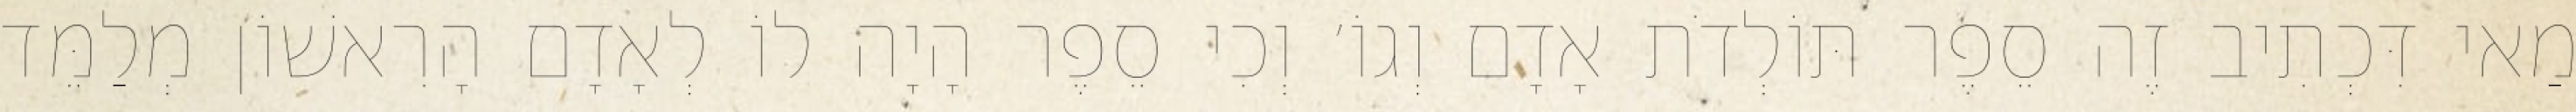
מַאי דִּכְתִיב זֶה סֵפֶר תּוֹלְדֹת אָדָם וְגוֹ׳ וְכִי סֵפֶר הָיָה לוֹ לְאָדָם הָרִאשׁוֹן מְלַמֵּד